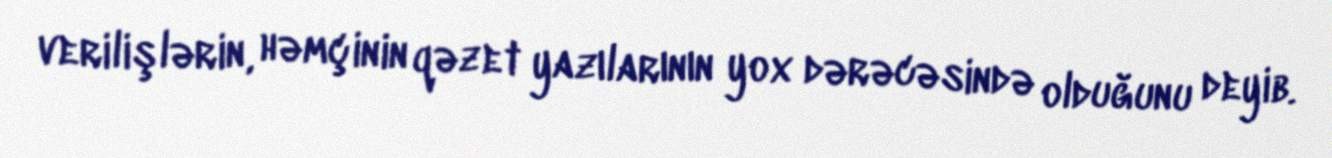
verilişlərin, həmçinin qəzet yazılarının yox dərəcəsində olduğunu deyib.